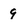
Character: 9